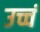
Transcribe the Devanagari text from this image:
उच्चं